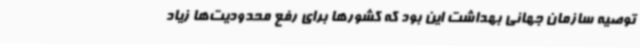
توصیه سازمان جهانی بهداشت این بود که کشورها برای رفع محدودیت‌ها زیاد